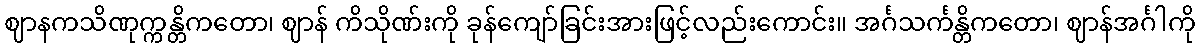
ဈာနကသိဏုက္ကန္တိကတော၊ ဈာန် ကိသိုဏ်းကို ခုန်ကျော်ခြင်းအားဖြင့်လည်းကောင်း။ အင်္ဂသင်္ကန္တိကတော၊ ဈာန်အင်္ဂါကို